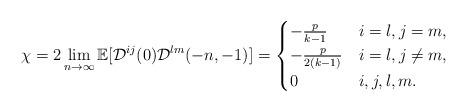
LaTeX: \begin{align*} \chi = 2 \lim_{n \to \infty} \mathbb{E}[\mathcal{D}^{ij}(0) \mathcal{D}^{lm}(-n,-1)] = \begin{cases}- \frac p{k-1} & i = l, j = m, \\- \frac p{2(k-1)} & i = l, j \neq m, \\0 & i, j, l, m .\end{cases}\end{align*}